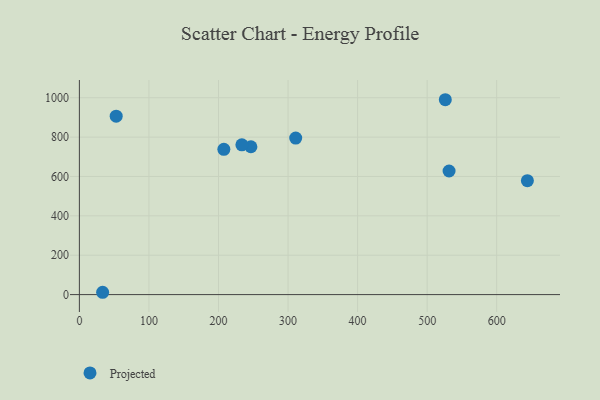
{"axis": {"x": "Investment", "y": "Salary"}, "legend": ["Projected"], "data": [{"x": "52.9", "y": 906.3, "type": "Projected"}, {"x": "246.6", "y": 751.1, "type": "Projected"}, {"x": "526.1", "y": 989.9, "type": "Projected"}, {"x": "207.7", "y": 738.1, "type": "Projected"}, {"x": "644.1", "y": 578.7, "type": "Projected"}, {"x": "531.5", "y": 627.9, "type": "Projected"}, {"x": "311.0", "y": 795.3, "type": "Projected"}, {"x": "233.6", "y": 760.9, "type": "Projected"}, {"x": "33.4", "y": 11.8, "type": "Projected"}]}